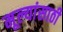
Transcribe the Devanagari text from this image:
मूल्यांसाठी